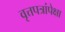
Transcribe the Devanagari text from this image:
वृत्तपत्रांपेक्षा